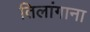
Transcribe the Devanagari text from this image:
तिलांगाना